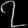
Digit: ၇